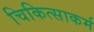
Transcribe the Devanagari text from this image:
चिकित्साकर्म